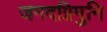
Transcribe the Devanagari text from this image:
जमदग्निमुनि